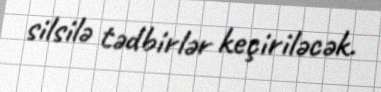
silsilə tədbirlər keçiriləcək.